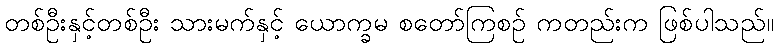
တစ်ဦးနှင့်တစ်ဦး သားမက်နှင့် ယောက္ခမ စတော်ကြစဉ် ကတည်းက ဖြစ်ပါသည်။